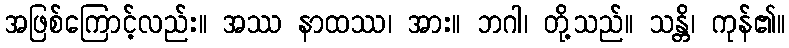
အဖြစ်ကြောင့်လည်း။ အဿ နာထဿ၊ အား။ ဘဂါ၊ တို့သည်။ သန္တိ၊ ကုန်၏။